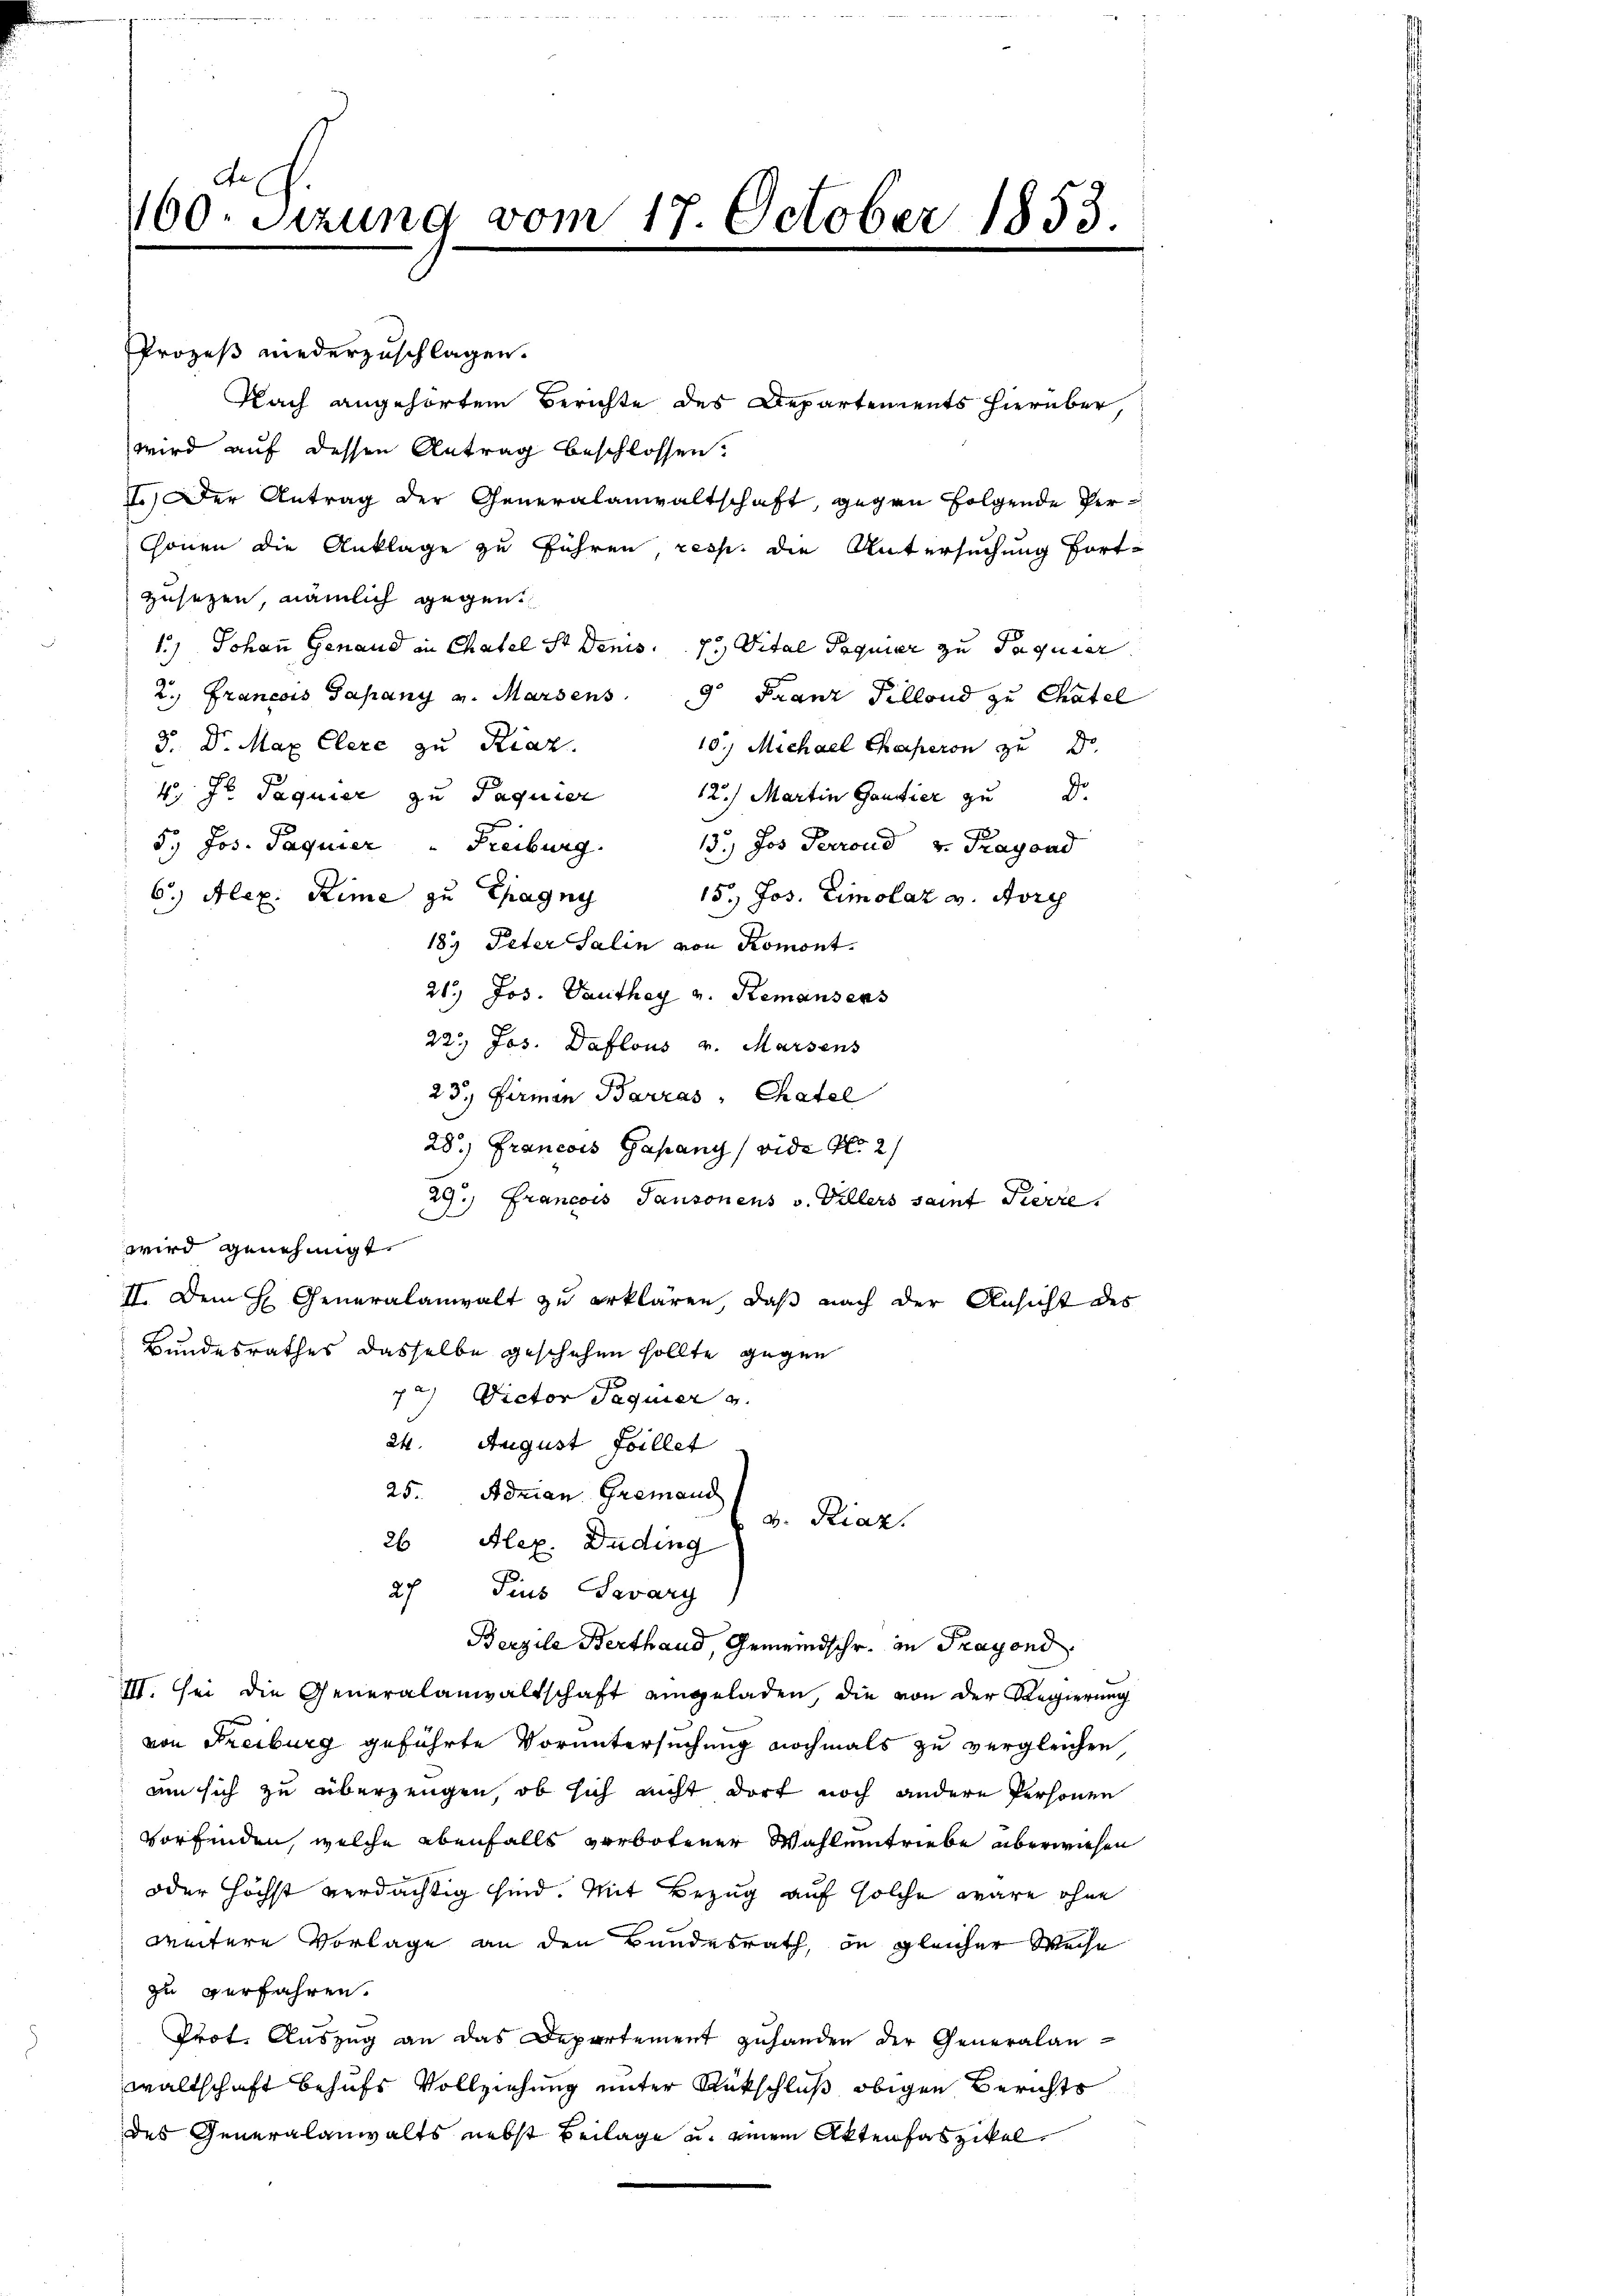
160. Sitzung vom 17. October 1853.
e

Prozeß niederzuschlagen.
Nach angehörtem Berichte des Departements hierüber,
wird auf dessen Antrag beschlossen.
7.) Der Antrag der Generalanwaltschaft, gegen folgende Ver¬
Chonen die Anklage zu führen, resp. die Untersuchung fortzusehen, nämlich gegen
1.) Johann Genand in Chatel St Denis.
7 Vital Poquier zu Paquier
2. Francois Sapany v. Marsens 9 Franz Tillond zu Chatel
d. Dr. Max Clere zu Riaz.
10. Michael Chaperon zu d
4. Hr. Paquier zu Paquier
12) Martin Gantier zu Dr.
5. Jos. Paquier " Freiburg. 13.) Jos. Perrond v. Tragond
6.) Alex. Rime zu Chagny
15. Jos. Eimolar v. Morg
187 Peter Salin von Romont.
21.) Jos. Panthey v. Remansers
22. Jos. Daflous v. Marsens
23. Formen Barras " Chatel
28.) Francois Gasang, vide fl. 2
29.) Francois Pansonens v. Villers sant Pierre
wird genehmigt.
II. Dem H Generalanwalt zu erklären, daß nach der Ansicht des
Bundesrathes dasselbe geschehen sollte, gegen
72. Dictor Jaquier u.
d
24. August Faillet
25. Adrian Gremand
v. Riaz.
26 Alex. Duding
27 Pius Savary
Berzile Berthand, Gemeindschr. in Fragend.
III. Sei die Generalanwaltschaft eingeladen, die von der Regierung
von Freiburg geführte Voruntersuchung nochmals zu vergleichen
um sich zu überzeugen, ob sich nicht dort noch andere Personen
vorfinden, welche ebenfalls verbotener Wahleintriebe überwiesen
oder höchst verdächtig sind. Mit Bezug auf solche wäre ohne
weitere Vorlage an den Bundesrath, in gleicher Weise
zu verfahren.
Prot. Auszug an das Departement zuhanden der Generalan-
waltschaft behufs Vollziehung unter Rückschluß obigen Berichts
des Generalanwalts nebst Beilage u. einem Aktenhaszikel